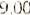
9.00